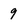
Character: 9